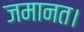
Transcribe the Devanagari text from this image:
जमानत।